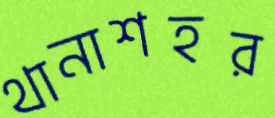
থানাশহর